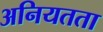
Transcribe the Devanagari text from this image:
अनियतता